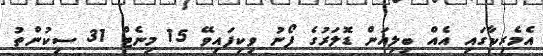
އެމެރިކާގައި އެއް ބިލިއަން ޑޮލަރުގެ ފޯނު ވިކިފައިވޭ 15 މިނެޓް 31 ސިކުންތު